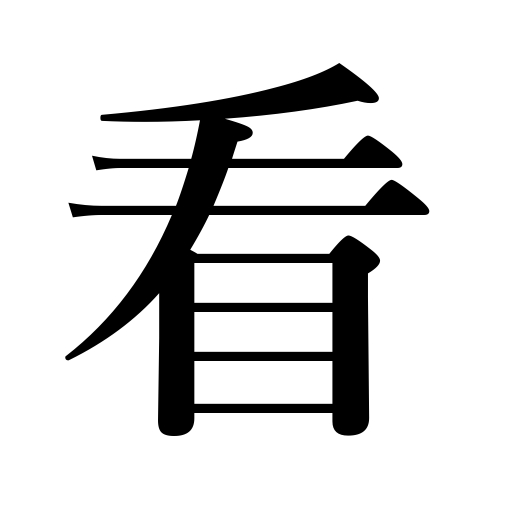
Meanings: see